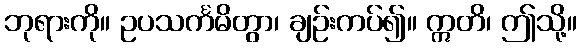
ဘုရားကို။ ဥပသင်္ကမိတွာ၊ ချဉ်းကပ်၍။ ဣတိ၊ ဤသို့။